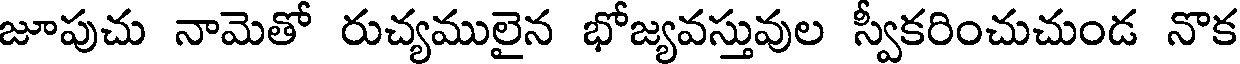
జూపుచు నామెతో రుచ్యములైన భోజ్యవస్తువుల స్వీకరించుచుండ నొక